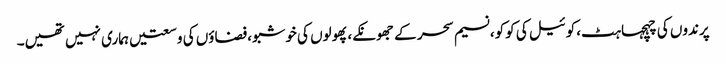
پرندوں کی چہچہاہٹ،کوئیل کی کوکو،نسیم سحر کے جھونکے،پھولوں کی خوشبو،فضاؤں کی وسعتیں ہماری نہیں تھیں۔